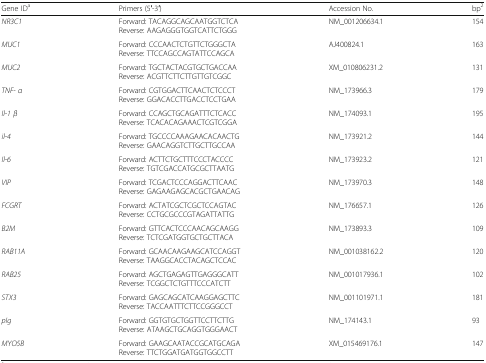
<table><thead><tr><td><b>Gene ID<sup>a</sup></b></td><td><b>Primers (5′-3′)</b></td><td><b>Accession No.</b></td><td><b>bp<sup>2</sup></b></td></tr></thead><tbody><tr><td><i>NR3C1</i></td><td>Forward: TACAGGCAGCAATGGTCTCAReverse: AAGAGGGTGGTCATTCTGGG</td><td>NM_001206634.1</td><td>154</td></tr><tr><td><i>MUC1</i></td><td>Forward: CCCAACTCTGTTCTGGGCTAReverse: TTCCAGCCAGTATTCCAGCA</td><td>AJ400824.1</td><td>163</td></tr><tr><td><i>MUC2</i></td><td>Forward: TGCTACTACGTGCTGACCAAReverse: ACGTTCTTCTTGTTGTCGGC</td><td>XM_010806231.2</td><td>131</td></tr><tr><td><i>TNF- α</i></td><td>Forward: CGTGGACTTCAACTCTCCCTReverse: GGACACCTTGACCTCCTGAA</td><td>NM_173966.3</td><td>179</td></tr><tr><td><i>Il-1 β</i></td><td>Forward: CCAGCTGCAGATTTCTCACCReverse: TCACACAGAAACTCGTCGGA</td><td>NM_174093.1</td><td>195</td></tr><tr><td><i>il-4</i></td><td>Forward: TGCCCCAAAGAACACAACTGReverse: GAACAGGTCTTGCTTGCCAA</td><td>NM_173921.2</td><td>144</td></tr><tr><td><i>Il-6</i></td><td>Forward: ACTTCTGCTTTCCCTACCCCReverse: TGTCGACCATGCGCTTAATG</td><td>NM_173923.2</td><td>121</td></tr><tr><td><i>VIP</i></td><td>Forward: TCGACTCCCAGGACTTCAACReverse: GAGAAGAGCACGCTGAACAG</td><td>NM_173970.3</td><td>148</td></tr><tr><td><i>FCGRT</i></td><td>Forward: ACTATCGCTCGCTCCAGTACReverse: CCTGCGCCCGTAGATTATTG</td><td>NM_176657.1</td><td>126</td></tr><tr><td><i>B2M</i></td><td>Forward: GTTCACTCCCAACAGCAAGGReverse: TCTCGATGGTGCTGCTTACA</td><td>NM_173893.3</td><td>109</td></tr><tr><td><i>RAB11A</i></td><td>Forward: GCAACAAGAAGCATCCAGGTReverse: TAAGGCACCTACAGCTCCAC</td><td>NM_001038162.2</td><td>120</td></tr><tr><td><i>RAB25</i></td><td>Forward: AGCTGAGAGTTGAGGGCATTReverse: TCGGCTCTGTTTCCCATCTT</td><td>NM_001017936.1</td><td>102</td></tr><tr><td><i>STX3</i></td><td>Forward: GAGCAGCATCAAGGAGCTTCReverse: TACCAATTTCTTCCGGGCCT</td><td>NM_001101971.1</td><td>181</td></tr><tr><td><i>pIg</i></td><td>Forward: GGTGTGCTGGTTCCTTCTTGReverse: ATAAGCTGCAGGTGGGAACT</td><td>NM_174143.1</td><td>93</td></tr><tr><td><i>MYO5B</i></td><td>Forward: GAAGCAATACCGCATGCAGAReverse: TTCTGGATGATGGTGGCCTT</td><td>XM_015469176.1</td><td>147</td></tr></tbody></table>